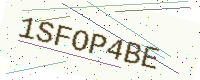
Text: 1SFOP4BE